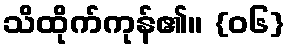
သိထိုက်ကုန်၏။ {၀၆}